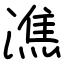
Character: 潐